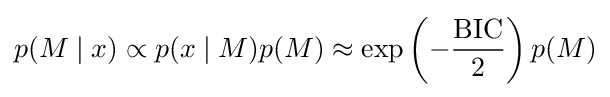
p(M\mid x)\propto p(x\mid M)p(M)\approx \exp \left(-{\frac {\mathrm {BIC} }{2}}\right)p(M)